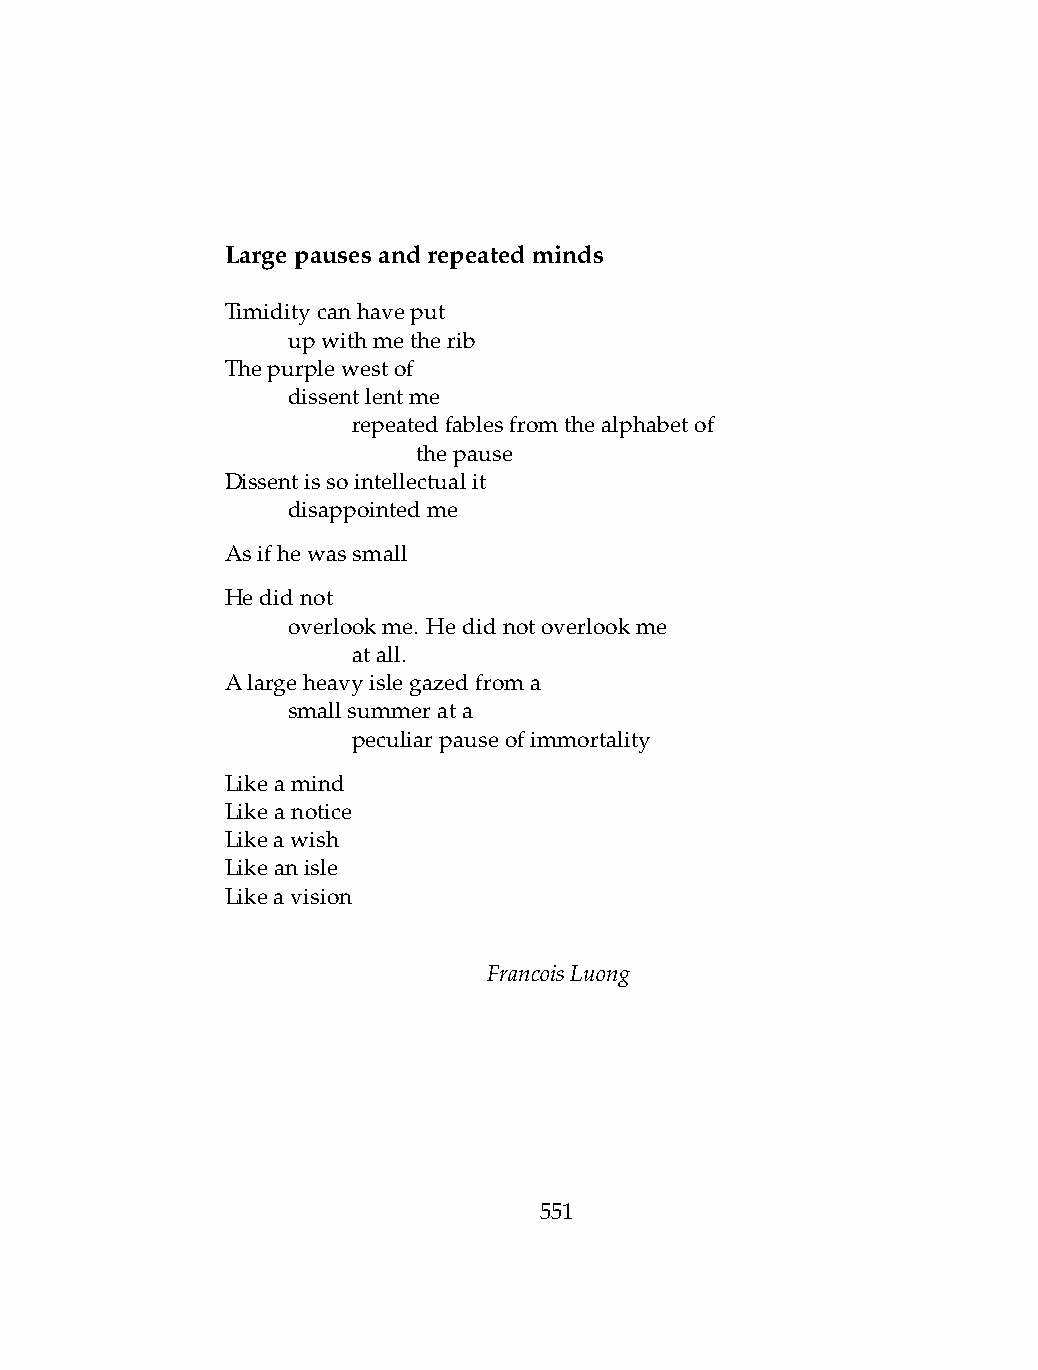
Largepausesandrepeatedminds
 Timiditycanhaveput
 .   upwithmetherib
 Thepurplewestof
 .   dissentlentme
 .   .   repeatedfablesfromthealphabetof
 .   .   .    thepause
 Dissentissointellectualit
 .   disappointedme
 Asifhewassmall
 Hedidnot
 .   overlookme. Hedidnotoverlookme
 .   .   atall.
 Alargeheavyislegazedfroma
 .   smallsummerata
 .   .   peculiarpauseofimmortality
 Likeamind
 Likeanotice
 Likeawish
 Likeanisle
 Likeavision
 FrancoisLuong
 551